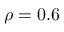
\rho = 0 . 6